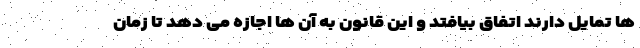
ها تمایل دارند اتفاق بیافتد و این قانون به آن ها اجازه می دهد تا زمان